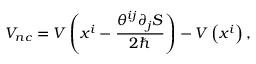
V _ { n c } = V \left( x ^ { i } - \frac { \theta ^ { i j } \partial _ { j } S } { 2 \hbar } \right) - V \left( x ^ { i } \right) ,